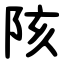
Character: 陔